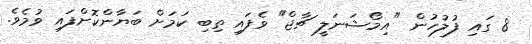
8 ގައި ފުލުހުން "އިމޯޝަނަލީ ޗާޖް" ވެފައި ތިބި ކަމަށް ބަޔާންކޮށްފައި ވުމެވެ.